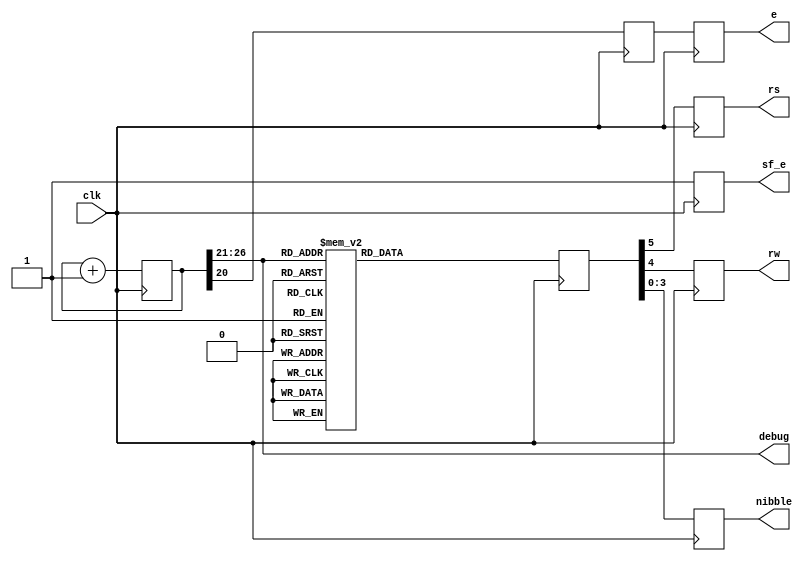
`timescale 1ns / 1ps
//////////////////////////////////////////////////////////////////////////////////
// Company: 
// Engineer: 
// 
// Design Name: 
// Module Name:    LCD 
// Project Name: 
// Target Devices: 
// Tool versions: 
// Description: 
//
// Dependencies: 
//
// Revision: 
// Revision 0.01 - File Created
// Additional Comments: 
//
//////////////////////////////////////////////////////////////////////////////////
module LCD(
clk,
sf_e,
e,
rs,
rw,
nibble,
debug
    );
	
input clk;//pin C9 is 50 MHz on board clk

output reg sf_e; //1 LCD access 
output reg e; //enable (1)
output reg rs; //Register Select (1 data bits for R/W)
output reg rw; //Read/Write, 1/0
output reg [3:0] nibble; //to form a nibble
output [5:0] debug;

reg [26:0]  count=0; //27 bit count, 0-(128M-1), around 2.68 sec to count all at 50 MHz
reg [5:0] code; //6 bit different signals to give out 
reg refresh; // refresh LCD rate @ 25Hz

assign debug = count[26:21];

always @ (posedge clk)
begin
	count <= count+1;
	
	case (count[26:21])
	
	//power on init can be carried out before this loop to avoid the flicker
	0: code <= 6'h03; //power on init sequence
	1: code <= 6'h03; //this is needed atleast once
	2: code <= 6'h03; //when LCD's powered on
	3: code <= 6'h02; //it flickers existing char display
	
	//Table 5-3 Function Set
	//send 00 and upper nibble 0010, then 00 and lower nibble 10xx
	4: code <= 6'h02; //Function Set, upper nibble 0010
	5: code <= 6'h08; //lower nibble 1000 (10xx)
	
	//Table 5-3, Entry mode 
	//send 00 and upper nibble 0000, then 00 and lower nibble  0 1 I/D S
	//last 2 bits of lower nibble : I/D bit (Incr: 1, Decr: 0) , S bit (Shift 1, 0 no)
	6: code <= 6'h00; // see table, upper nibble 0000, then lower nibble :
	7: code <= 6'h06; // 0110 : Incr, Shift Disabled
	
	//Table 5-3, Display On/Off
	//send 00 and upper nibble 0000, then 00 and lower nibble 1DCB:
	//D: 1, show char represented by code in DDR, 0 dont, but code remains
	//C: 1, show cursor, 0 dont
	//B: 1, cursor blinks if shown, 0 dont blink if shown
	8: code <= 6'h00; //Display On/Off, upper nibble 0000
	9: code <= 6'h0C; //lower nibble 1100 (1 D C B)
	
	//Table 5-3, clear display, 00 and upper nibble 0000, 00 and lower nibble 0001
	10: code <= 6'h00; // clear display, 00 and upper nibble 0000
	11: code <= 6'h01; // then 00 and lower nibble 0001
	
	//character are then given out, the cursor will advance to right 
	//Table 5-3, write data to dd_ram or (cg_ram)
	//Fig 5-4, 'H', send 10 and upper nibble 0100, then 10 and lower nibble 1000
	12: code <= 6'h24; //'H' high nibble
	13: code <= 6'h28; //'H' low nibble 
	14: code <= 6'h26; //'e'
	15: code <= 6'h25;
	16: code <= 6'h26; //'l'
	17: code <= 6'h2C; 
	18: code <= 6'h26; //'l'
	19: code <= 6'h2C;
	20: code <= 6'h26; //'o'
	21: code <= 6'h2F;
	22: code <= 6'h22; //','
	23: code <= 6'h2C;
	
	//Table 5-3, set DD-ram (DDR) address
	//position cursor onto start of 2nd line
	//send 00 and upper nibble 1???, ??? is the highest 3 bits of the DDR
	//address to move the cursor to , then 00 and lower 4 bits of addr
	//so ??? is 100 and then 0000 for h40
	24: code <= 6'b001100; //pos cursor to 2nd line up
	25: code <= 6'b000000; //lower nibble h0
	
	//character are then given out, the cursor will advance to right 
	26: code <= 6'h25; //'W' high nibble
	27: code <= 6'h27; //'W' low nibble 
	28: code <= 6'h26; //'o'
	29: code <= 6'h2F;
	30: code <= 6'h27; //'r'
	31: code <= 6'h22; 
	32: code <= 6'h26; //'l'
	33: code <= 6'h2C;
	34: code <= 6'h26; //'d'
	35: code <= 6'h24;
	36: code <= 6'h22; //'!'
	37: code <= 6'h21;
	
	//Table 5-3 , read  Busy FLag and Address
	//send 01  BF (Busy Flag) xxx, then 01xxxx
	//idling 
	default : code <= 6'h10; //the rest unused time 
	
	endcase
	
	//refresh enable the led when bit 20 of the count is 1
	//it flips when counted upto 1M and flips again after another 1M
	refresh <= count[20]; //flip rate around 24 Hz (1/f = 2^21*20ns)
	sf_e <= 1;
	{e, rs, rw, nibble } <=  {refresh, code};
end //always


endmodule